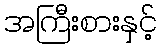
အကြီးစားနှင့်